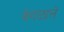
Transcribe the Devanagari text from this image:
वेगळाले